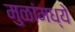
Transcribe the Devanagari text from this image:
मुळांमध्ये